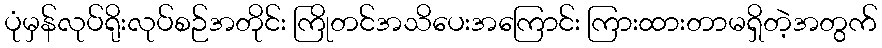
ပုံမှန်လုပ်ရိုးလုပ်စဉ်အတိုင်း ကြိုတင်အသိပေးအကြောင်း ကြားထားတာမရှိတဲ့အတွက်